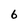
Character: 6